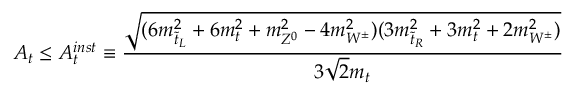
A _ { t } \le A _ { t } ^ { i n s t } \equiv \frac { \sqrt { ( 6 m _ { \tilde { t } _ { L } } ^ { 2 } + 6 m _ { t } ^ { 2 } + m _ { Z ^ { 0 } } ^ { 2 } - 4 m _ { W ^ { \pm } } ^ { 2 } ) ( 3 m _ { \tilde { t } _ { R } } ^ { 2 } + 3 m _ { t } ^ { 2 } + 2 m _ { W ^ { \pm } } ^ { 2 } ) } } { 3 \sqrt { 2 } m _ { t } }